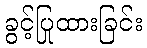
ခွင့်ပြုထားခြင်း